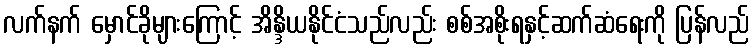
လက်နက် မှောင်ခိုများကြောင့် အိန္ဒိယနိုင်ငံသည်လည်း စစ်အစိုးရနှင့်ဆက်ဆံရေးကို ပြန်လည်